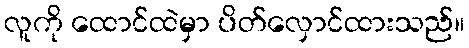
လူကို ထောင်ထဲမှာ ပိတ်လှောင်ထားသည်။